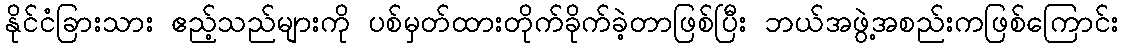
နိုင်ငံခြားသား ဧည့်သည်များကို ပစ်မှတ်ထားတိုက်ခိုက်ခဲ့တာဖြစ်ပြီး ဘယ်အဖွဲ့အစည်းကဖြစ်ကြောင်း